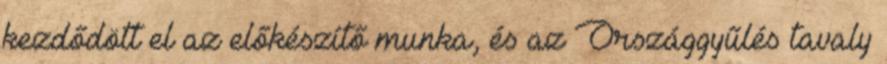
kezdődött el az előkészítő munka, és az Országgyűlés tavaly